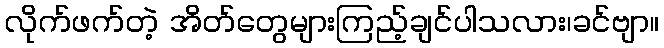
လိုက်ဖက်တဲ့ အိတ်တွေများကြည့်ချင်ပါသလား၊ခင်ဗျာ။